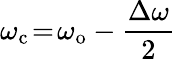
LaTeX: \omega_{\mathrm{c}}\! =\! \omega_{\mathrm{o}}-\frac{\Delta\omega}{2}